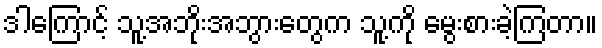
ဒါကြောင့် သူ့အဘိုးအဘွားတွေက သူ့ကို မွေးစားခဲ့ကြတာ။